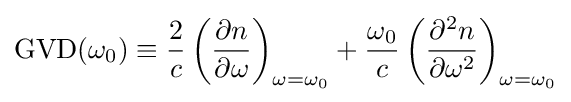
{\text{GVD}}(\omega _{0})\equiv {\frac {2}{c}}\left({\frac {\partial n}{\partial \omega }}\right)_{\omega =\omega _{0}}+{\frac {\omega _{0}}{c}}\left({\frac {\partial ^{2}n}{\partial \omega ^{2}}}\right)_{\omega =\omega _{0}}